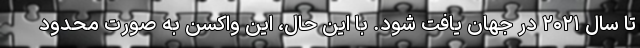
تا سال ۲۰۲۱ در جهان یافت شود. با این حال، این واکسن به صورت محدود